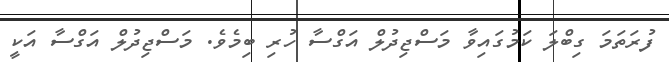
ފުރަތަމަ ގިބްލަ ކަމުގައިވާ މަސްޖިދުލް އަގްސާ ހުރި ބިމެވެ. މަސްޖިދުލް އަގްސާ އަކީ